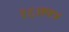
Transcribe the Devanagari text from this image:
१६७५४